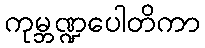
ကုမ္ဘဏ္ဍပေါတိကာ